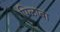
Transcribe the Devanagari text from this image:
पिळावा